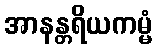
အာနန္တရိယကမ္မံ